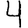
Digit: 4